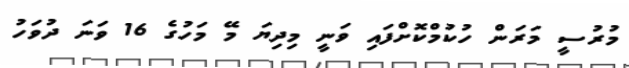
މުރުސީ މަރަން ހުކުމްކޮށްފައި ވަނީ މިދިޔަ މޭ މަހުގެ 16 ވަނަ ދުވަހު